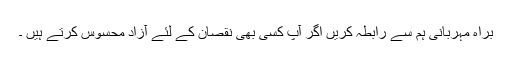
براہ مہربانی ہم سے رابطہ کریں اگر آپ کسی بھی نقصان کے لئے آزاد محسوس کرتے ہیں ۔